Vaccination in Burma 1920-1933 - 1920-1933
Year: 1920
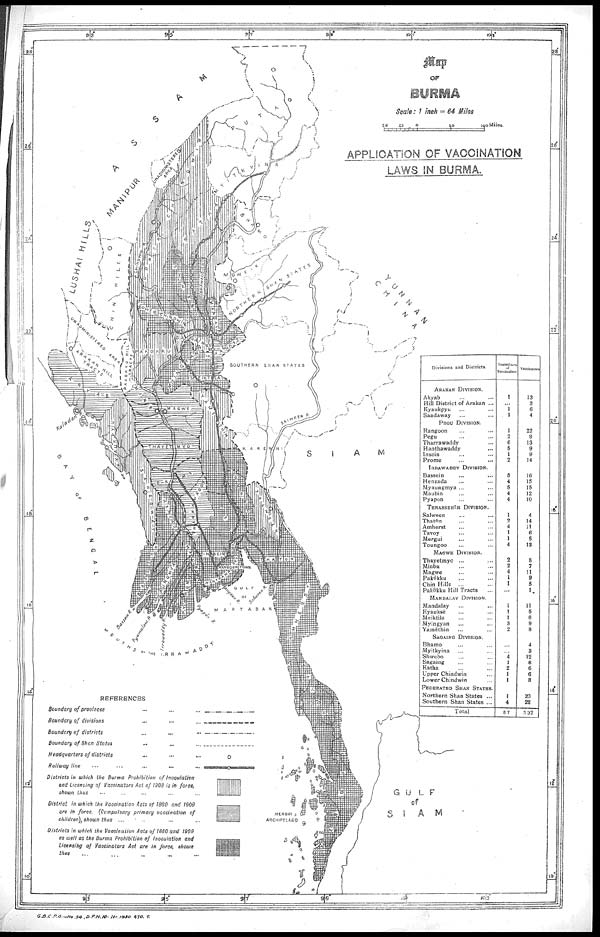
G.B.C.P.O.—No.54
,D.P.H.10- 11- 1930. 470. T.